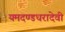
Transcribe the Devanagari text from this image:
यमदण्डधरादेवी